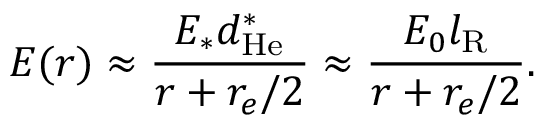
E ( r ) \approx \frac { E _ { \ast } d _ { \mathrm { H e } } ^ { \ast } } { r + r _ { e } / 2 } \approx \frac { E _ { 0 } l _ { \mathrm { R } } } { r + r _ { e } / 2 } .